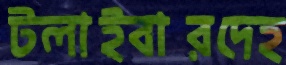
টলাইবারদেহ